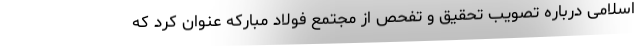
اسلامی درباره تصویب تحقیق و تفحص از مجتمع فولاد مبارکه عنوان کرد که